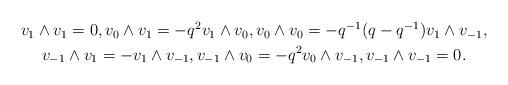
LaTeX: \begin{align*}\begin{gathered}v_1 \wedge v_1 = 0, v_0 \wedge v_1 = - q^2 v_1 \wedge v_0, v_0 \wedge v_0 = - q^{-1} (q - q^{-1}) v_1 \wedge v_{-1}, \\v_{-1} \wedge v_1 = - v_1 \wedge v_{-1}, v_{-1} \wedge v_0 = -q^2 v_0 \wedge v_{-1}, v_{-1} \wedge v_{-1} = 0.\end{gathered}\end{align*}